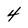
Character: 4